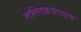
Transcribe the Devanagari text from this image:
ललितकथेच्याच